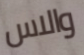
والاس